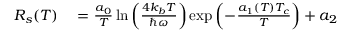
\begin{array} { r l } { R _ { s } ( T ) } & { { } = \frac { a _ { 0 } } { T } \ln \left( \frac { 4 k _ { b } T } { \hbar \omega } \right) \exp \left( - \frac { a _ { 1 } ( T ) T _ { c } } { T } \right) + a _ { 2 } } \end{array}